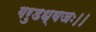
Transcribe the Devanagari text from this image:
गरुडध्वजः।।